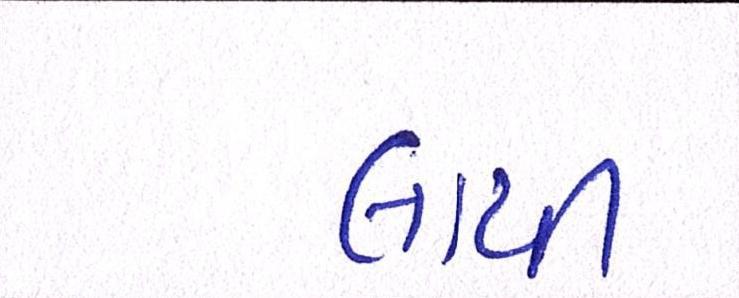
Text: લાયી